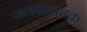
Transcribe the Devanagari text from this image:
जलवाष्पचक्र